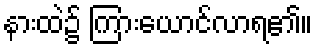
နားထဲ၌ ကြားယောင်လာရ၏။